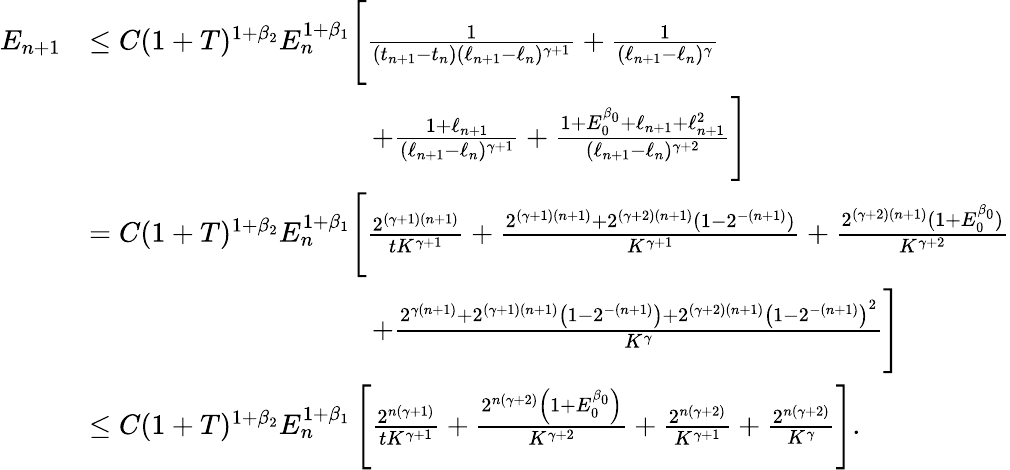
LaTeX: \begin{array}{rl}{E_{n+1}}&{\leq C(1+T)^{1+\beta_{2}}E_{n}^{1+\beta_{1}}\Bigg[\frac{1}{(t_{n+1}-t_{n})(\ell_{n+1}-\ell_{n})^{\gamma+1}}+\frac{1}{(\ell_{n+1}-\ell_{n})^{\gamma}}}\\ &{\qquad\qquad\qquad\qquad\qquad+\frac{1+\ell_{n+1}}{(\ell_{n+1}-\ell_{n})^{\gamma+1}}+\frac{1+E_{0}^{\beta_{0}}+\ell_{n+1}+\ell_{n+1}^{2}}{(\ell_{n+1}-\ell_{n})^{\gamma+2}}\Bigg]}\\ &{=C(1+T)^{1+\beta_{2}}E_{n}^{1+\beta_{1}}\Bigg[\frac{2^{(\gamma+1)(n+1)}}{tK^{\gamma+1}}+\frac{2^{(\gamma+1)(n+1)}+2^{(\gamma+2)(n+1)}(1-2^{-(n+1)})}{K^{\gamma+1}}+\frac{2^{(\gamma+2)(n+1)}(1+E_{0}^{\beta_{0}})}{K^{\gamma+2}}}\\ &{\qquad\qquad\qquad\qquad\qquad+\frac{2^{\gamma(n+1)}+2^{(\gamma+1)(n+1)}\left(1-2^{-(n+1)}\right)+2^{(\gamma+2)(n+1)}\left(1-2^{-(n+1)}\right)^{2}}{K^{\gamma}}\Bigg]}\\ &{\le C(1+T)^{1+\beta_{2}}E_{n}^{1+\beta_{1}}\left[\frac{2^{n(\gamma+1)}}{tK^{\gamma+1}}+\frac{2^{n(\gamma+2)}\left(1+E_{0}^{\beta_{0}}\right)}{K^{\gamma+2}}+\frac{2^{n(\gamma+2)}}{K^{\gamma+1}}+\frac{2^{n(\gamma+2)}}{K^{\gamma}}\right].}\end{array}